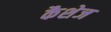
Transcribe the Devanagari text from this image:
कैशेज